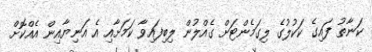
ކަނާތު ފައިގެ ކަކުލުގެ ލިގަމެންޓަށް ގެއްލުން ލިބިފައިވާ ކަމަށާއި އެ އަނިޔާއިން އެއްކޮށް